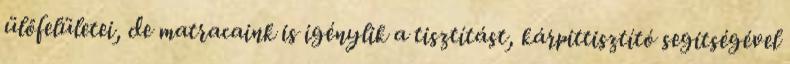
ülőfelületei, de matracaink is igénylik a tisztítást, kárpittisztító segítségével